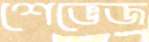
শেভেজ